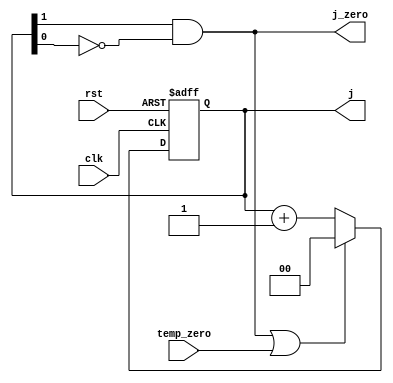
//we need j_counter to count 3 times(from 0 to 2) with each posedge clk then back to 0 and so on
module j_count_L1(j,j_zero,clk,rst,temp_zero);
output reg [1:0] j;
output wire j_zero;
input clk,rst,temp_zero;
always @ (posedge clk or negedge rst)
	begin
		if (! rst ) 
			begin j<=0;  end
		else if ((j[1]&&!j[0])||temp_zero)
			begin j<=0;   end
		else 
			begin j<=j+2'b01;  end 
	end
assign j_zero=j[1]&&!j[0]  ;

endmodule